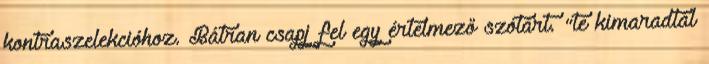
kontraszelekcióhoz. Bátran csapj fel egy értelmező szótárt. "te kimaradtál